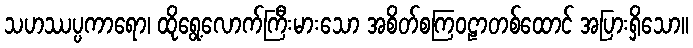
သဟဿပ္ပကာရော၊ ထိုရွေ့လောက်ကြီးမားသော အစိတ်စကြဝဠာတစ်ထောင် အပြားရှိသော။